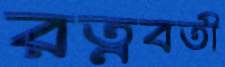
রত্নবতী